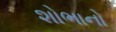
શોભાનો